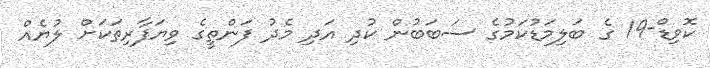
ކޮޮވިޑް-19 ގެ ބަލިމަޑުކަމުގެ ސަބަބުން ކުދި އަދި މެދު ފަންތީގެ ވިޔަފާރިތަކަށް ލުޔެއް